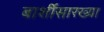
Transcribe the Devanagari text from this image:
बार्शीसारख्या